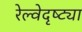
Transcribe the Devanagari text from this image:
रेल्वेदृष्ट्या